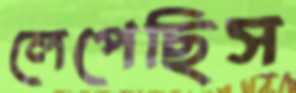
লেপেছিস